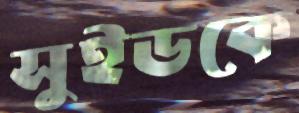
সুইডকে